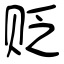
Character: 贬